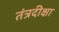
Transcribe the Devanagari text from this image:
तंत्रदीक्षा